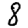
Digit: 8